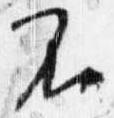
不